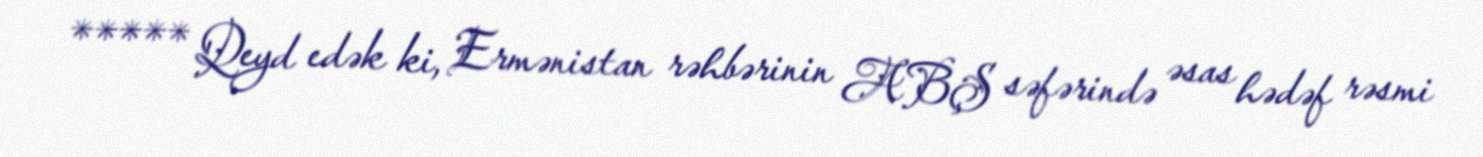
***** Qeyd edək ki, Ermənistan rəhbərinin ABŞ səfərində əsas hədəf rəsmi